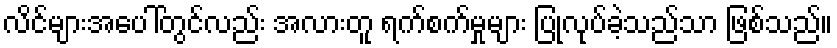
လိင်များအပေါ်တွင်လည်း အလားတူ ရက်စက်မှုများ ပြုလုပ်ခဲ့သည်သာ ဖြစ်သည်။